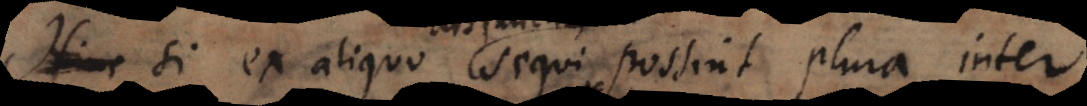
Hinc Si ex aliquo sequi possint plura inter